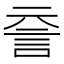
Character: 𧥽